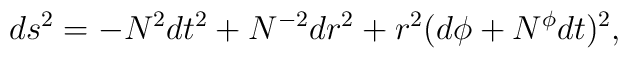
ds^2 = - N^2 dt^2 + N^{-2} dr^2 + r^2 (d\phi+N^{\phi} dt)^2 ,